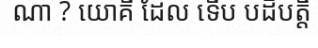
ណា ? យោគី ដែល ទើប បដិបត្តិ